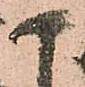
こ